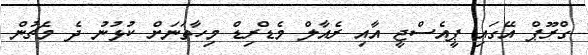
ގްރޫޕް އޭގައި ޕީއެސްޖީ އާއި ރެއާލް މެޑްރިޑް މިހާތަނަށް ކުޅުނު ދެ މެޗުން